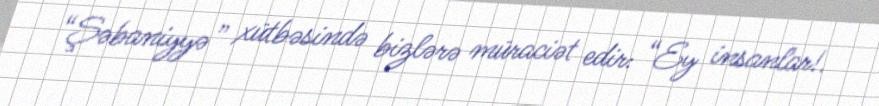
“Şəbaniyyə” xütbəsində bizlərə müraciət edir: “Ey insanlar!.